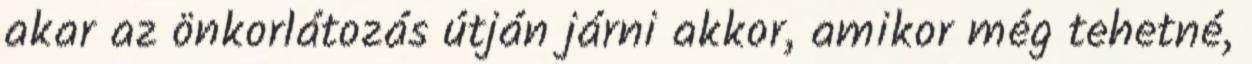
akar az önkorlátozás útján járni akkor, amikor még tehetné,